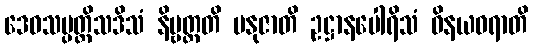
ဒေဝသမ္ပတ္တိသဒိသံ နိဗ္ဗတ္တတိ မနုဇာတိ ဥဋ္ဌာနပေါရိသံ ဝိနယဓရာတိ